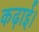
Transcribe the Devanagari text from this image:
कढ़ाई।